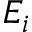
E _ { i }